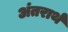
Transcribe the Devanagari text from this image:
अंतरार्थ